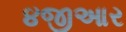
૪જીઆર